Annual report of the Punjab Veterinary College and of the Civil Veterinary Department, Punjab - 1894-1908
Year: 1894
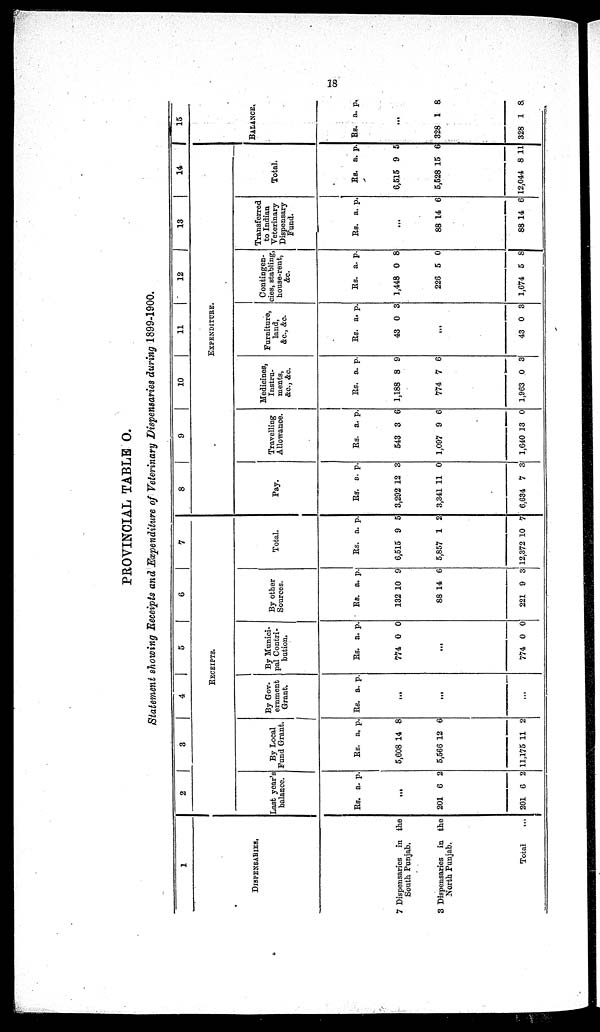
18
PROVINCIAL TABLE O.
Statement showing Receipts and Expenditure of Veterinary Dispensaries during 1899-1900.
1
DISPENSARIES.
7 Dispensaries in the
South Punjab.
3 Dispensaries in the
North Punjab.
Total ...
2
3
4
5
6
7
RECEIPTS.
Last year's
balance.
Rs. a. p.
...
201
201
6
6
2
2
By Local
Fund Grant.
Rs.
5,608
5,566
11,175
a.
14
12
11
p.
8
6
2
By Gov¬
ernment
Grant.
Rs. a. p.
...
...
...
By Munici¬
pal Contri¬
bution.
Rs.
774
a.
0
p.
0
...
774 0 0
By other
Sources.
Rs.
132
88
221
a.
10
14
9
p.
9
6
3
Total.
Rs.
6,515
5,857
12,372
a.
9
1
10
p.
5
2
7
8
9
10
11
12
13
14
EXPENDITURE.
Pay.
Rs.
3,292
3,341
6,634
a.
12
11
7
p.
3
0
3
Travelling
Allowance.
Rs.
543
1,097
1,640
a.
3
9
13
p.
6
6
0
Medicines,
Instru-
ments,
&c., &c.
Rs.
1,188
774
1,963
a.
8
7
0
p.
9
6
3
Furniture,
land,
&c., &c.
Rs.
43
a.
0
p.
3
...
43 0 3
Contingen¬
cies, stabling,
house-rent,
&c.
Rs.
1,448
226
1,674
a.
0
5
5
p.
8
0
8
Transferred
to Indian
Veterinary
Dispensary
Fund.
Rs. a. p.
...
88
88
14
14
6
6
Total.
Rs.
6,515
5,528
12,044
a.
9
15
8
p.
5
6
11
15
BALANCE.
Rs. a. p.
...
328
328
1
1
8
8